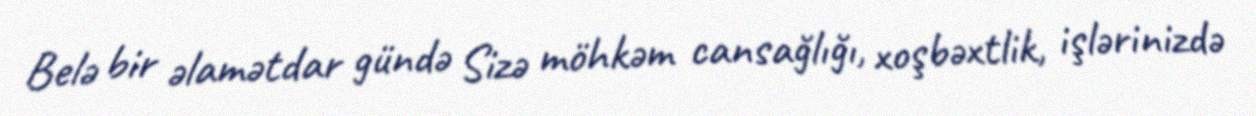
Belə bir əlamətdar gündə Sizə möhkəm cansağlığı, xoşbəxtlik, işlərinizdə